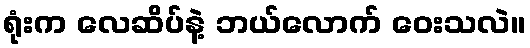
ရုံးက လေဆိပ်နဲ့ ဘယ်လောက် ဝေးသလဲ။